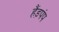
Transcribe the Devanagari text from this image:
हैंड़पंप